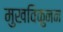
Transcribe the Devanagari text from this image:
मुखविकुनन